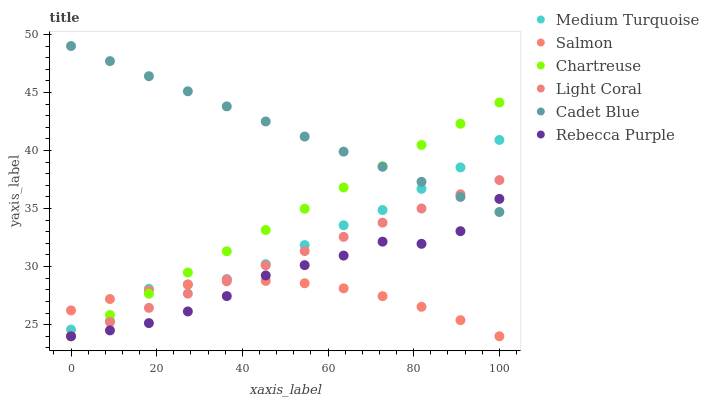
| xaxis_label | Medium Turquoise | Salmon | Chartreuse | Light Coral | Cadet Blue | Rebecca Purple |
 | --- | --- | --- | --- | --- | --- | --- |
 | 0 | 24.6 | 26.2 | 24 | 24 | 49 | 24 |
 | 9.09 | 25.3 | 27.2 | 25.8 | 25.2 | 47.7 | 24.5 |
 | 18.2 | 28.1 | 28 | 27.7 | 26.4 | 46.4 | 25.1 |
 | 27.3 | 28.4 | 28.5 | 29.5 | 27.7 | 45.1 | 26.1 |
 | 36.4 | 28.9 | 28.7 | 31.3 | 28.9 | 43.8 | 27.5 |
 | 45.5 | 30.2 | 28.8 | 33.2 | 30.1 | 42.5 | 29.2 |
 | 54.5 | 31.9 | 28.6 | 35 | 31.3 | 41.2 | 30.1 |
 | 63.6 | 33.6 | 28.1 | 36.8 | 32.6 | 39.9 | 30.9 |
 | 72.7 | 34.9 | 27.5 | 38.6 | 33.8 | 38.6 | 32.1 |
 | 81.8 | 36.7 | 26.5 | 40.5 | 35 | 37.3 | 32 |
 | 90.9 | 38.5 | 25.4 | 42.3 | 36.2 | 36 | 33.1 |
 | 100 | 40.9 | 24 | 44.1 | 37.5 | 34.7 | 35.8 |